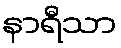
နာရီသာ